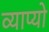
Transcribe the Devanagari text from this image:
व्याप्यो